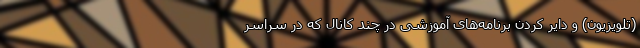
(تلویزیون) و دایر کردن برنامه‌‌های آموزشی در چند کانال که در سراسر